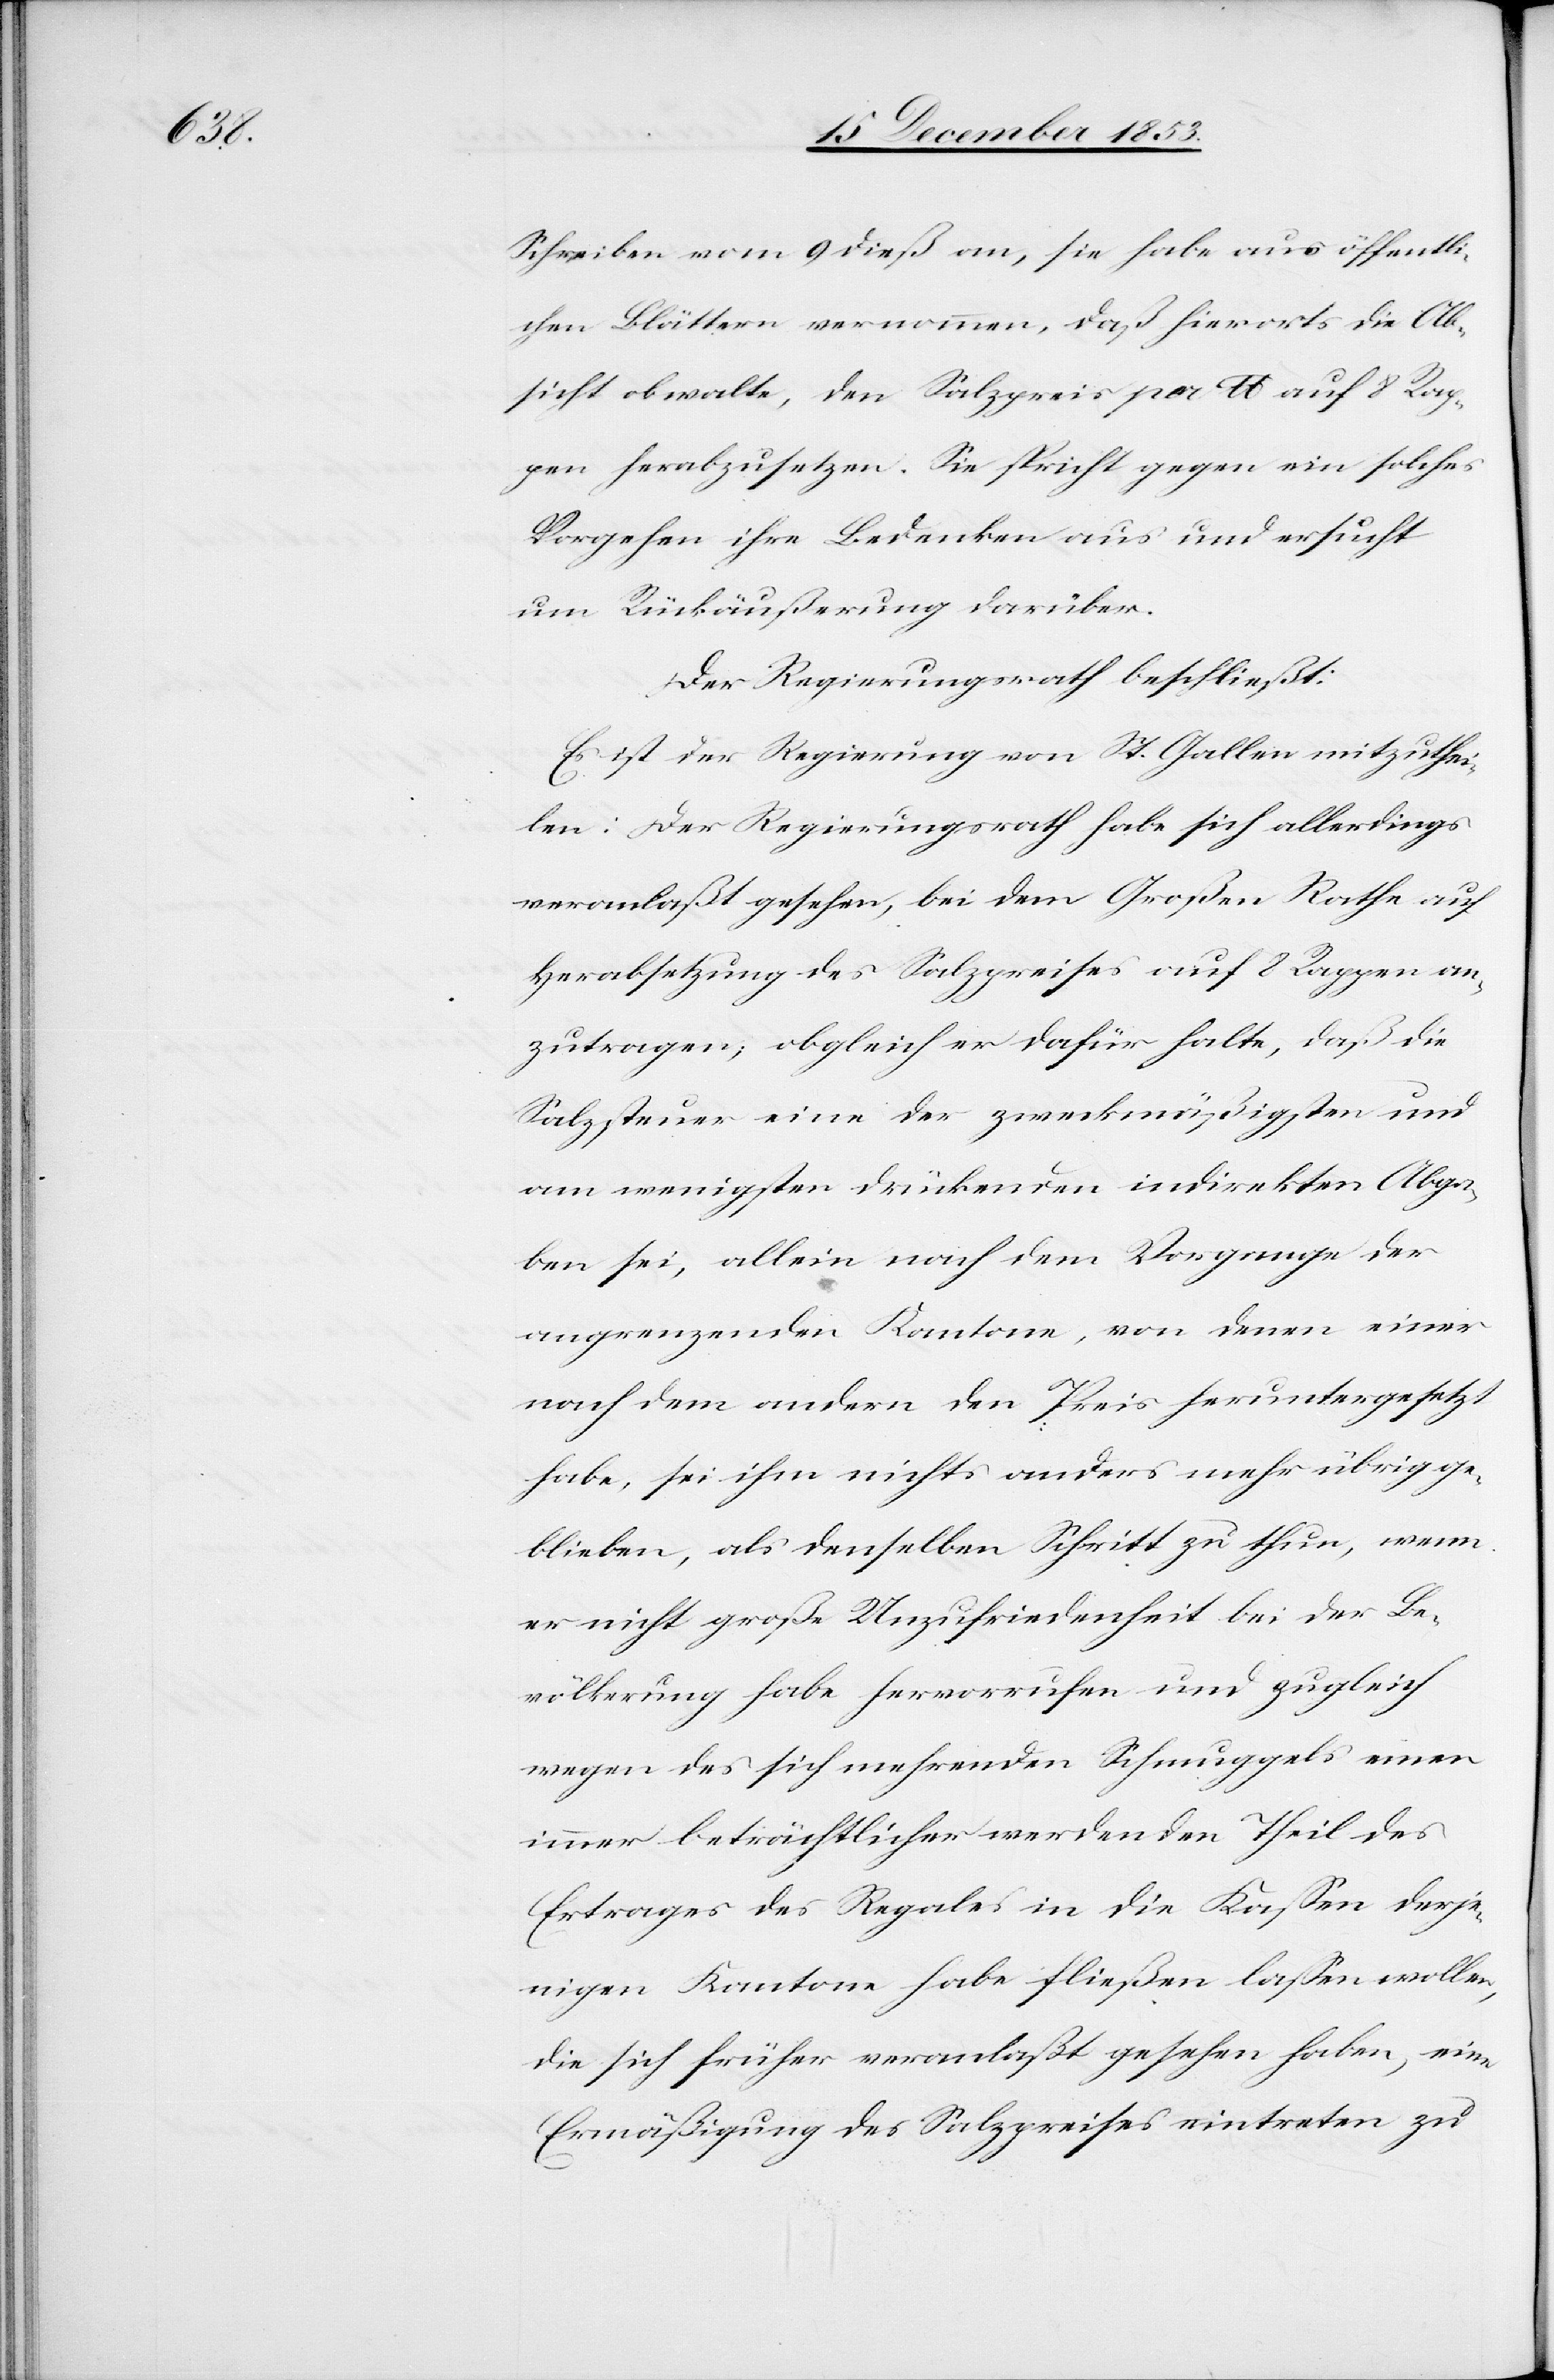
Schreiben vom 9 dieß an, sie habe aus öffentli¬
chen Blättern vernommen, daß hierorts die Ab¬
sicht obwalte, den Salzpreis pro lb auf 8 Rap¬
pen herabzusetzen. Sie spricht gegen ein solches
Vorgehen ihre Bedenken aus und ersucht
um Rückveräußerung darüber.
Der Regierungsrath beschließt:
Es ist der Regierung von St. Gallen mitzuthei¬
len: Der Regierungsrath habe sich allerdings
veranlaßt gesehen, bei dem Großen Rathe auf
Herabsetzung des Salzpreises auf 8 Rappen an¬
zutragen; obgleich er dafür halte, daß die
Salzsteuer eine der zweckmäßigsten und
am wenigsten drückenden indirekten Abga¬
ben sei, allein nach dem Vorgange der
angrenzenden Kantone, von denen einer
nach dem andern den Preis heruntergesetzt
habe, sei ihm nichts anders mehr übrig ge¬
blieben, als denselben Schritt zu thun, wenn
er nicht große Unzufriedenheit bei der Be¬
völkerung habe hervorrufen und zugleich
wegen des sich mehrenden Schmuggels einen
immer beträchtlicher werdenden Theil des
Ertrages des Regales in die Kosten derje¬
nigen Kantone habe fließen laßen wollen,
die sich früher veranlaßt gesehen haben, eine
Ermäßigung des Salzpreises eintreten zu